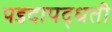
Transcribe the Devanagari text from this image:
पडदापद्धती